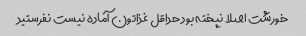
خورشت اصلا نپخته بود حداقل غذاتون آماده نیست نفرستید